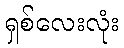
ရှစ်လေးလုံး